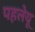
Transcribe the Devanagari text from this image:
पहलेयू